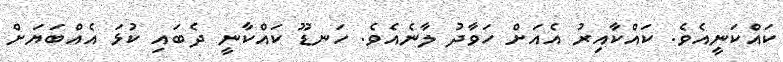
ކައްކަނީއެވެ. ކައްކާއިރު އެއަށް ހަވާދު ލާނެއެވެ. ހަނޑޫ ކައްކާނީ ދެބައި ކުޅަ އެއްބަޔަށް